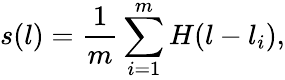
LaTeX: s(l)=\frac{1}{m}\sum_{i=1}^{m}H(l-l_{i}),